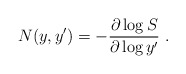
\begin{align*}N(y,y') = -{\partial \log S \over \partial \log y'}\ . \end{align*}